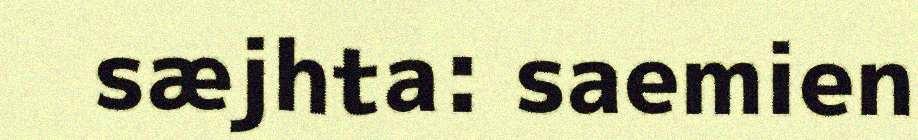
sæjhta: saemien